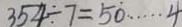
3 5 4 \div 7 = 5 0 \cdots 4